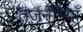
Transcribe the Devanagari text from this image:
तर्जनीभ्याँ